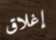
إغلاق